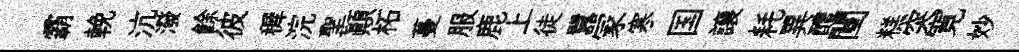
霸輓沆潑餘彼穉浣聖顚柘蔓服鹿上徒囂冡寒国譲耗異醴闉糕突寛妙